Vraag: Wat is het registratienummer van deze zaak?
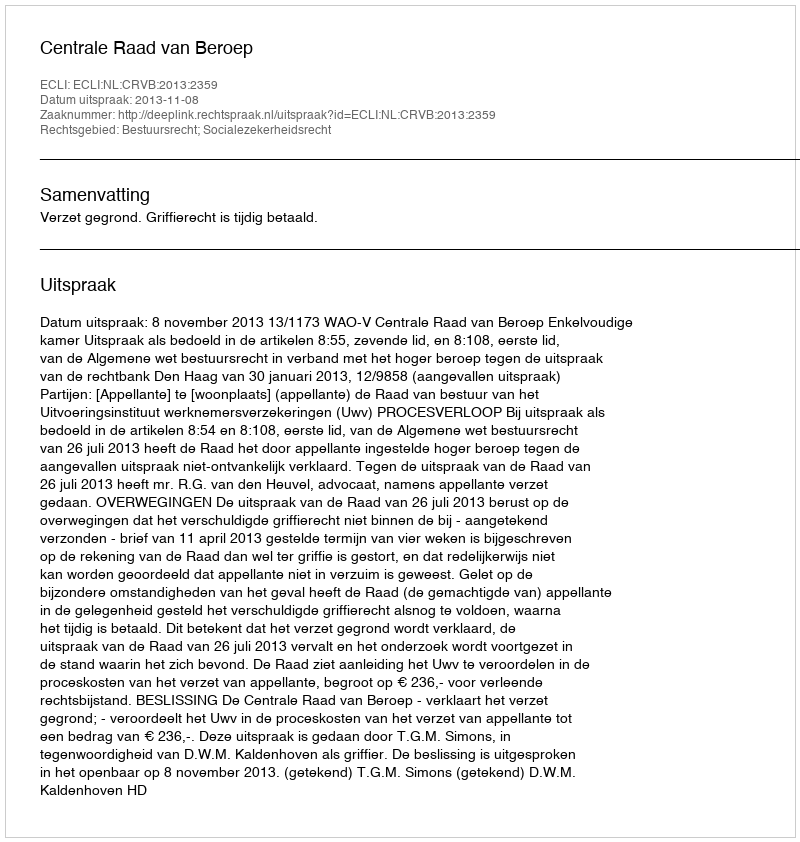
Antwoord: http://deeplink.rechtspraak.nl/uitspraak?id=ECLI:NL:CRVB:2013:2359